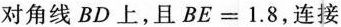
对角线BD上，且$$B E = 1 . 8$$，连接